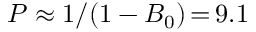
P \approx 1 / ( 1 - B _ { 0 } ) \, { = } \, 9 . 1